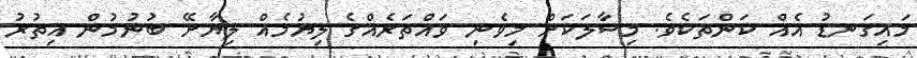
މައިގަނޑު އެއް ކަންތަކެވެ. މިސާލަކަށް މިވެނި ވައްތަރެއްގެ ލިޔުމެއް ލިޔާށޭ ބުނުމުން އިތުރު